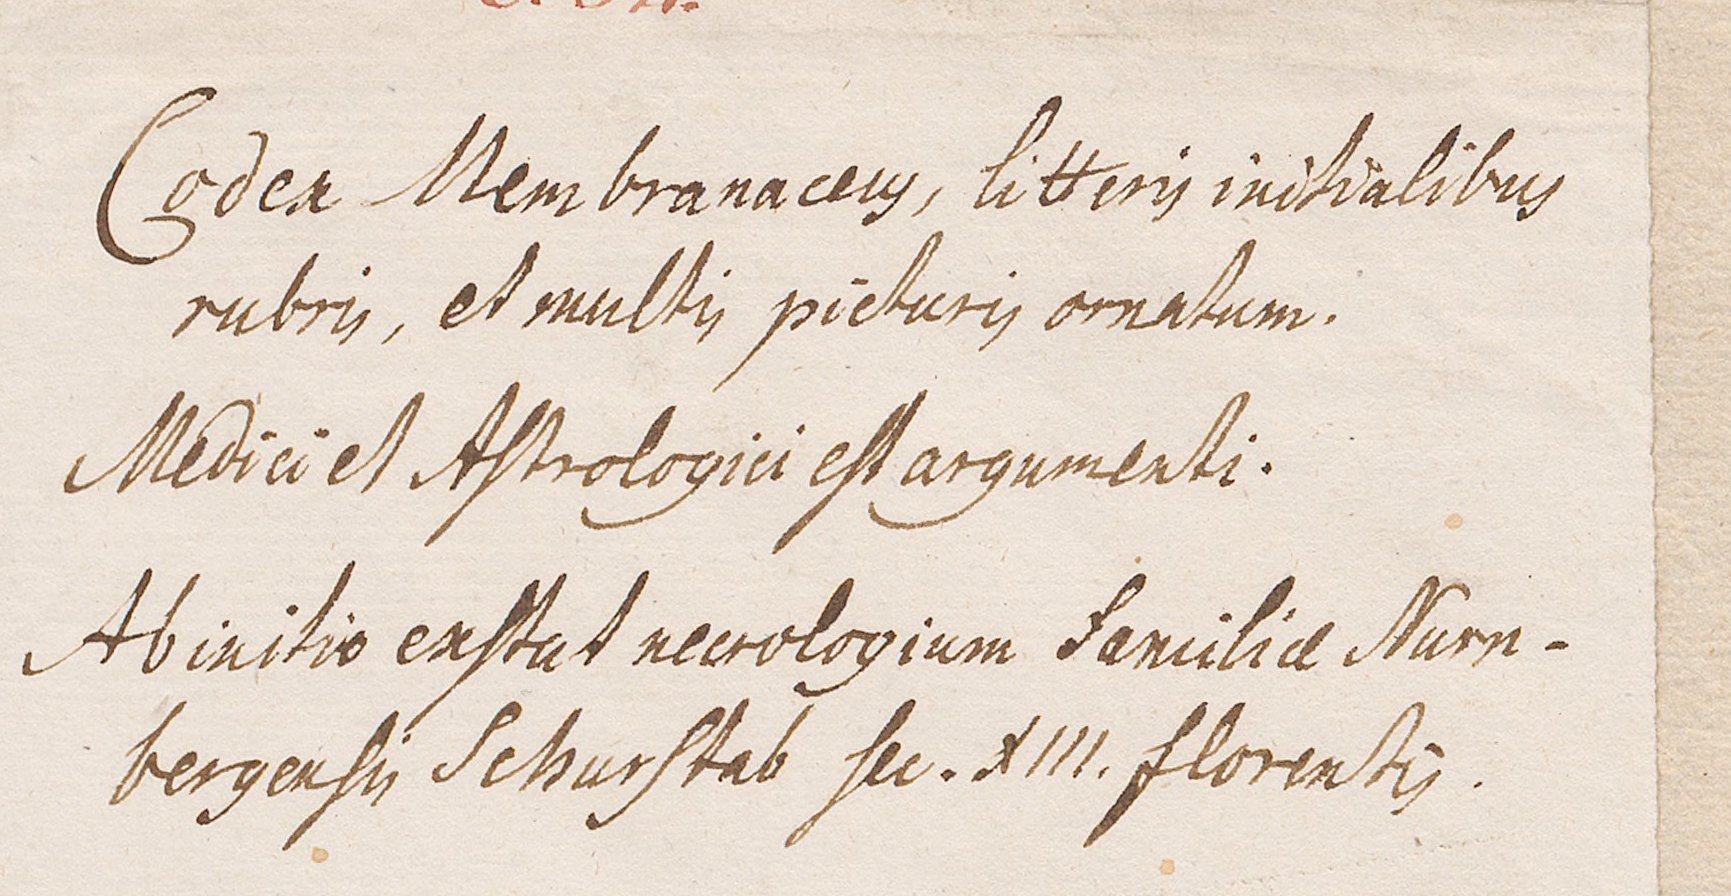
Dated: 1459–1471